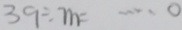
3 9 \div m = \cdots 0